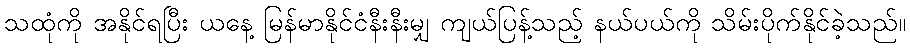
သထုံကို အနိုင်ရပြီး ယနေ့ မြန်မာနိုင်ငံနီးနီးမျှ ကျယ်ပြန့်သည့် နယ်ပယ်ကို သိမ်းပိုက်နိုင်ခဲ့သည်။